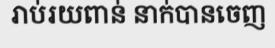
រាប់រយពាន់ នាក់បានចេញ